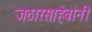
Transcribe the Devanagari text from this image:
जठारसाहेबांनी